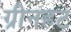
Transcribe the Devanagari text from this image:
ग्रीनहट